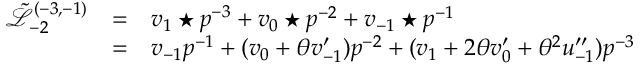
\begin{array} { l c l } { { \tilde { \mathcal L } _ { - 2 } ^ { ( - 3 , - 1 ) } } } & { { = } } & { { { v _ { 1 } \star p } ^ { - 3 } + v _ { 0 } \star p ^ { - 2 } + v _ { - 1 } \star p ^ { - 1 } } } \\ { { } } & { { = } } & { { v _ { - 1 } { p } ^ { - 1 } + ( v _ { 0 } + \theta v _ { - 1 } ^ { \prime } ) p ^ { - 2 } + ( v _ { 1 } + 2 \theta v _ { 0 } ^ { \prime } + \theta ^ { 2 } u _ { - 1 } ^ { \prime \prime } ) p ^ { - 3 } } } \end{array}